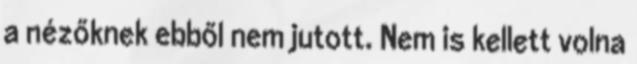
a nézőknek ebből nem jutott. Nem is kellett volna